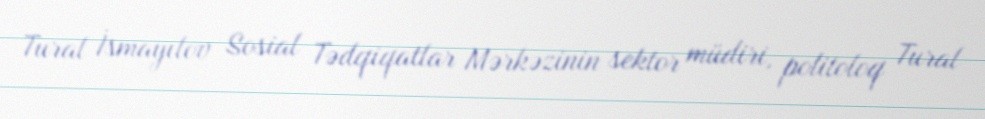
Tural İsmayılov Sosial Tədqiqatlar Mərkəzinin sektor müdiri, politoloq Tural